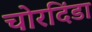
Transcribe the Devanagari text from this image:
चोरदिंडा